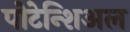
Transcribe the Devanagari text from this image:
पोटेन्शिअल